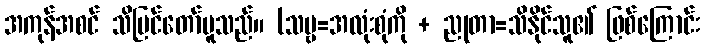
အကုန်အစင် သိမြင်တော်မူသည်။ (သဗ္ဗ=အလုံးစုံကို + ညုတာ=သိနိုင်သူ၏ ဖြစ်ကြောင်း